Indian journal of veterinary science and animal husbandry - Volume 4,
Year: 1934
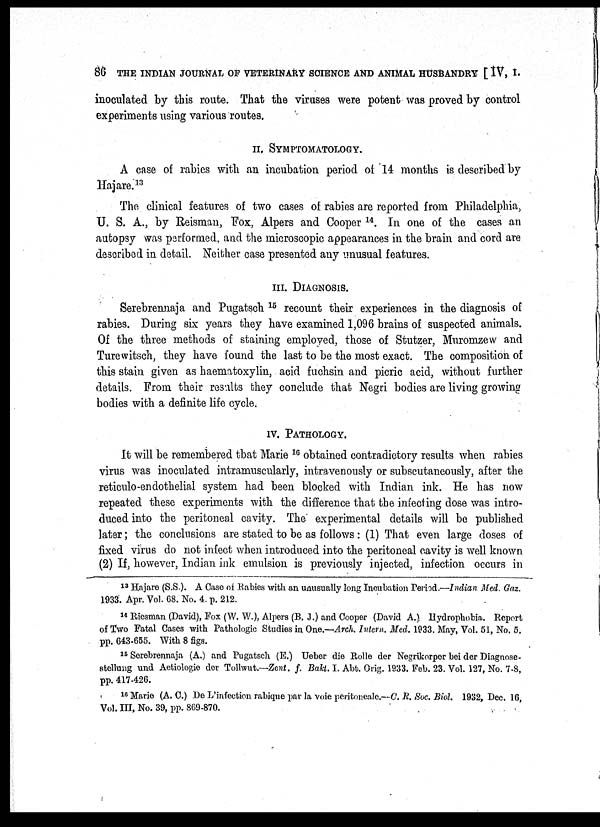
86 THE INDIAN JOURNAL OF VETERINARY SCIENCE AND ANIMAL HUSBANDRY [ IV, I.
inoculated by this route. That the viruses were potent was proved by control
experiments using various routes.
II. SYMPTOMATOLOGY.
A case of rabies with an incubation period of 14 months is described by
Hajare. 13
The clinical features of two cases of rabies are reported from Philadelphia,
U. S. A., by Reisman, Fox, Alpers and Cooper 14 . In one of the cases an
autopsy was parformed, and the microscopic appearances in the brain and cord are
described in detail. Neither case presented any unusual features.
III. DIAGNOSIS.
Serebrennaja and Pugatsch 15 recount their experiences in the diagnosis of
rabies. During six years they have examined 1,096 brains of suspected animals.
Of the three methods of staining employed, those of Stutzer, Muromzew and
Turewitsch, they have found the last to be the most exact. The composition of
this stain given as haematoxylin, acid fuchsin and picric acid, without further
details. From their results they conclude that Negri bodies are living growing
bodies with a definite life cycle.
IV. PATHOLOGY.
It will be remembered that Marie 16 obtained contradictory results when rabies
virus was inoculated intramuscularly, intravenously or subscutaneously, after the
reticulo-endothelial system had been blocked with Indian ink. He has now
repeated these experiments with the difference that the infecting dose was intro-
duced into the peritoneal cavity. The experimental details will be published
later; the conclusions are stated to be as follows : (1) That even large doses of
fixed virus do not infect when introduced into the peritoneal cavity is well known
(2) If, however, Indian ink emulsion is previously injected, infection occurs in
13 Hajare (S.S.). A Case of Rabies with an unusually long Incubation Period.—Indian Med. Gaz.
1933. Apr. Vol. 68. No. 4. p. 212.
14 Riesman (David), Fox (W. W.), Alpers (B. J.) and Cooper (David A.) Hydrophobia. Report
of Two Fatal Cases with Pathologic Studies in One.—Arch. Intern.. Med. 1933. May, Vol. 51, No. 5.
pp. 643-655. With 8 figs.
15 Serebrennaja (A.) and Pugatsch (E.) Ueber die Rolle der Negrikorper bei der Diagnose-
stellung and Aetiologie der Tollwut.—Zent. f. Bakt. I. Abt. Orig. 1933. Feb. 23. Vol. 127, No. 7-8,
pp. 417-426.
16 Marie (A. C.) De L'infection rabique par la voie peritoneale.—C. R. Soc. Biol. 1932, Dec. 16,
Vol. III, No. 39, pp. 869-870.